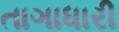
તાગાધારી